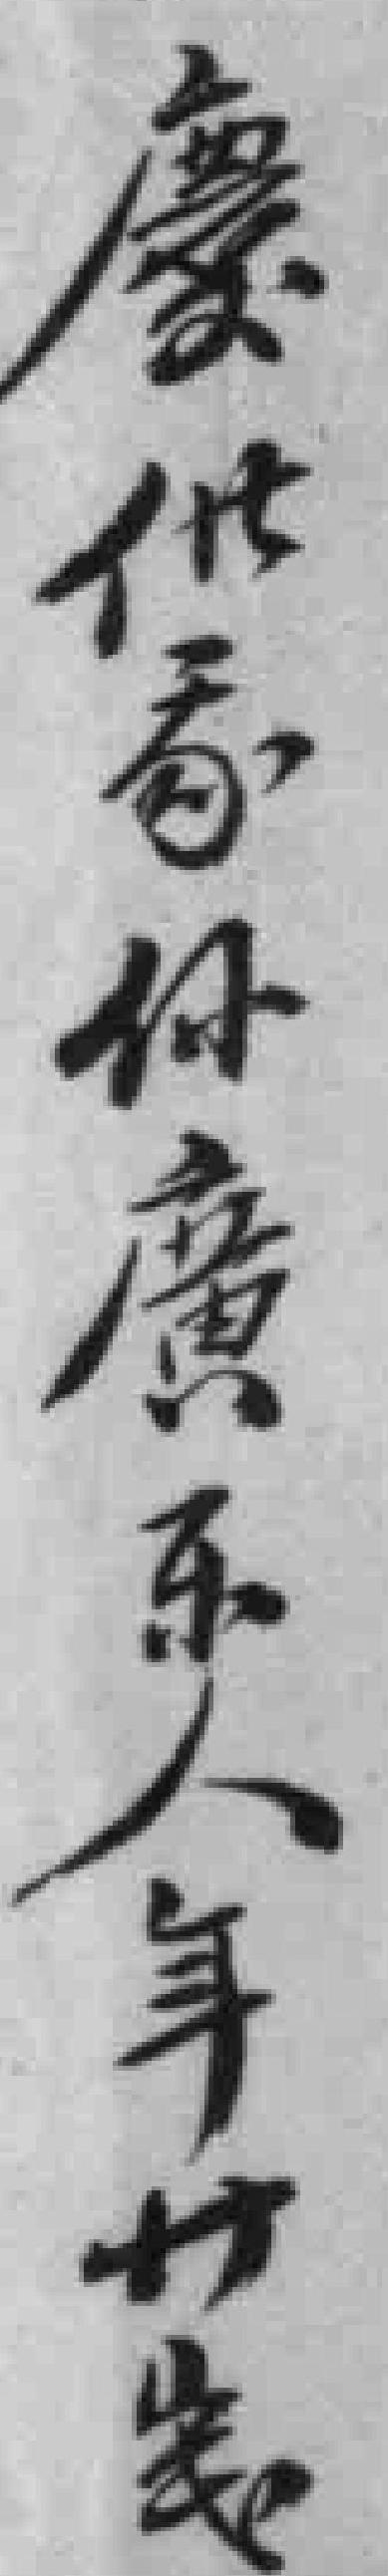
慶供家係廣东人年廿嵗